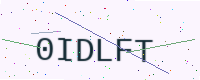
Text: 0IDLFT